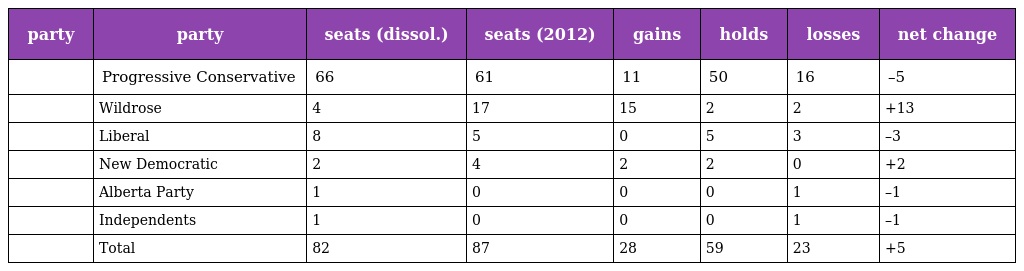
| party | party | seats (dissol.) | seats (2012) | gains | holds | losses | net change |
 | --- | --- | --- | --- | --- | --- | --- | --- |
 |  | Progressive Conservative | 66 | 61 | 11 | 50 | 16 | –5 |
 |  | Wildrose | 4 | 17 | 15 | 2 | 2 | +13 |
 |  | Liberal | 8 | 5 | 0 | 5 | 3 | –3 |
 |  | New Democratic | 2 | 4 | 2 | 2 | 0 | +2 |
 |  | Alberta Party | 1 | 0 | 0 | 0 | 1 | –1 |
 |  | Independents | 1 | 0 | 0 | 0 | 1 | –1 |
 |  | Total | 82 | 87 | 28 | 59 | 23 | +5 |